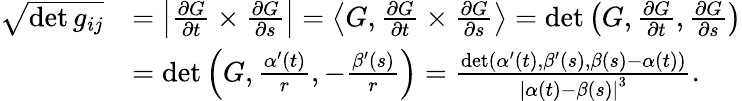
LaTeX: \begin{array}{rl}{\sqrt{\operatorname*{det}g_{ij}}}&{=\left\vert\frac{\partial G}{\partial t}\times\frac{\partial G}{\partial s}\right\vert=\left\langle G,\frac{\partial G}{\partial t}\times\frac{\partial G}{\partial s}\right\rangle=\operatorname*{det}\left(G,\frac{\partial G}{\partial t},\frac{\partial G}{\partial s}\right)}\\ &{=\operatorname*{det}\left(G,\frac{\alpha^{\prime}(t)}{r},-\frac{\beta^{\prime}(s)}{r}\right)=\frac{\operatorname*{det}\left(\alpha^{\prime}(t),\beta^{\prime}(s),\beta(s)-\alpha(t)\right)}{\left\vert\alpha(t)-\beta(s)\right\vert^{3}}.}\end{array}